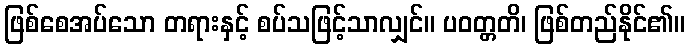
ဖြစ်စေအပ်သော တရားနှင့် စပ်သဖြင့်သာလျှင်။ ပဝတ္တတိ၊ ဖြစ်တည်နိုင်၏။